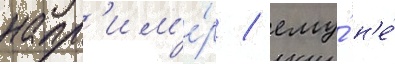
напр'им'е́р / ему́ н'е́